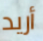
أريد